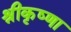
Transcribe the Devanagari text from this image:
श्रीकृष्णा